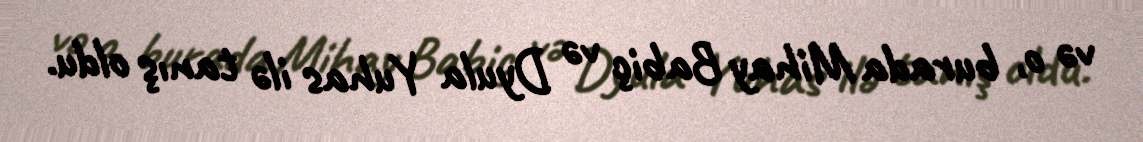
və o, burada Mihay Babiç və Dyula Yuhas ilə tanış oldu.